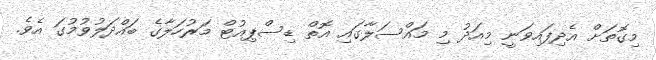
މިގޮތަށް އެދިފައިވަނީ މިއަދު މި މައްސަލާގައި އޮތް ޑިސްޕިއުޓް މަރުހަލާގެ ބައްދަލުވުމުގަ އެވެ.